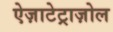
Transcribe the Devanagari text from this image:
ऐज़ाटेट्राज़ोल